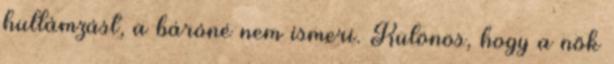
hullámzást, a báróné nem ismeri. Különös, hogy a nők